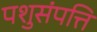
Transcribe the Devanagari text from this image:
पशुसंपत्ति